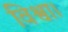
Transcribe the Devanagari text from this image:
विश्वा।